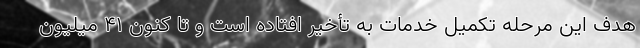
هدف این مرحله تکمیل خدمات به تأخیر افتاده است و تا کنون ۴۱ میلیون